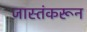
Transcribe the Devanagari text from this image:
जास्तंकरून